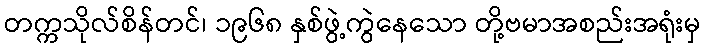
တက္ကသိုလ်စိန်တင်၊ ၁၉၆၈ နှစ်ဖွဲ့ကွဲနေသော တို့ဗမာအစည်းအရုံးမှ